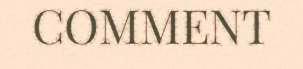
COMMENT